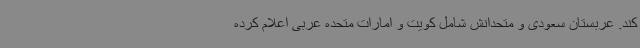
کند. عربستان سعودی و متحدانش شامل کویت و امارات متحده عربی اعلام کرده